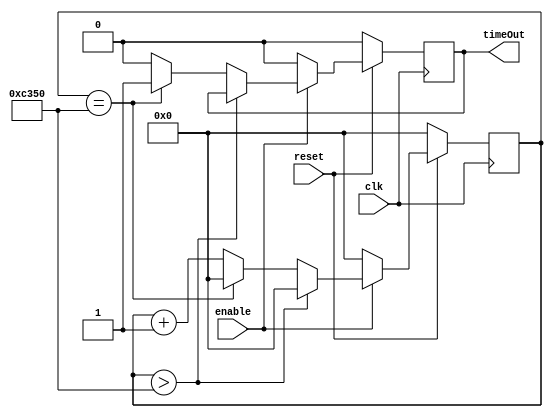
// Author Raj Dasadia
// Counts upto 50000 which corresponts to 1ms

module Timer1ms(clk, reset, enable, timeOut);
input clk, reset;
input enable;
output timeOut;
reg timeOut;
reg [15:0] counter;
always @ (posedge clk)
begin

	if (reset == 0)
	begin
		timeOut <= 0;
		counter <= 0;
	end
	
	else
	begin
		if(enable == 0)
			begin
				counter <=0;
				timeOut <=0;
			end
			
		else
			begin
				if (counter >50000)
					begin
						counter<=0;
					end
				else if(counter == 50000)
					begin
						counter <= 0;
						timeOut <= 1;
					end
			
				else
					begin 
						timeOut <= 0;
						counter <= counter + 1;
				   end 
			end
		end
end
endmodule